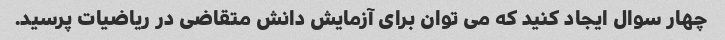
چهار سوال ایجاد کنید که می توان برای آزمایش دانش متقاضی در ریاضیات پرسید.